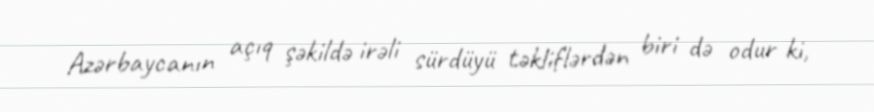
Azərbaycanın açıq şəkildə irəli sürdüyü təkliflərdən biri də odur ki,